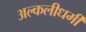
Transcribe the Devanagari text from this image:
अल्कलीधर्मी